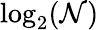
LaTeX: \log_{2}(\mathcal{N})